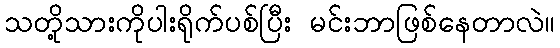
သတို့သားကိုပါးရိုက်ပစ်ပြီး မင်းဘာဖြစ်နေတာလဲ။